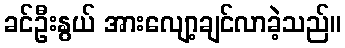
ခင်ဦးနွယ် အားလျော့ချင်လာခဲ့သည်။